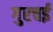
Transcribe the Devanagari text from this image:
गुरचई